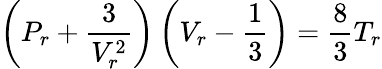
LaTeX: \left(P_{r}+{\frac{3}{V_{r}^{2}}}\right)\left(V_{r}-{\frac{1}{3}}\right)={\frac{8}{3}}T_{r}